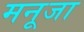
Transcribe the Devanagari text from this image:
मनूजा